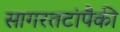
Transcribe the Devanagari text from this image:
सागरतटांपैकी